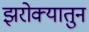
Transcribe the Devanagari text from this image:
झरोक्यातुन